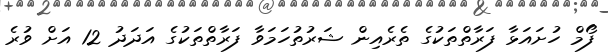
ފޯމް ހުށައަޅާ ފަރާތްތަކުގެ ތެރެއިން ޝަރުތުހަމަވާ ފަރާތްތަކުގެ އަދަދު 12 އަށް ވުރެ